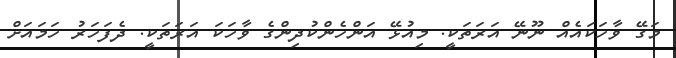
މަގޭ ވާހަކައެއް ނޫނޭ އަރަތަކީ. މިއުޅޭ އަންހެންކުދިންގެ ވާހަކަ އަރަތަކީ. ދެފަހަރު ހަމައަށް